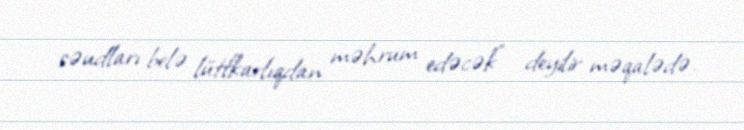
səudları belə lütfkarlıqdan məhrum edəcək" - deyilir məqalədə.